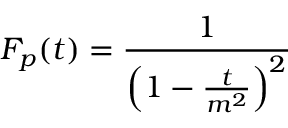
F _ { p } ( t ) = \frac { 1 } { \left( 1 - \frac { t } { m ^ { 2 } } \right) ^ { 2 } }